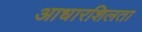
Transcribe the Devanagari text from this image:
आधारशिलता